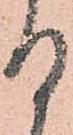
る